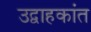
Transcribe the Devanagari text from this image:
उद्वाहकांत